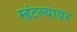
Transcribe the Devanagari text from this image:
म्हंटल्यावर